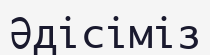
Әдісіміз